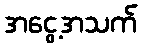
အငွေ့အသက်